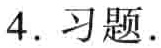
4. 习题.